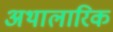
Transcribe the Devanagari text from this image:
अथालारिक